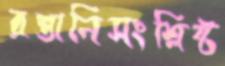
রপ্তানিসংশ্লিষ্ট